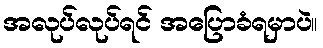
အလုပ်လုပ်ရင် အပြောခံရမှာပဲ။